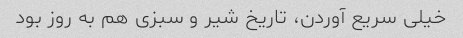
خیلی سریع آوردن، تاریخ شیر و سبزی هم به روز بود